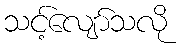
သင့်လျော်သလို